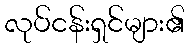
လုပ်ငန်းရှင်များ၏